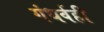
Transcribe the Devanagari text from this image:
गंधर्वही